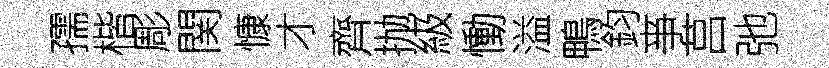
孺楷彫関慷才齊抛級慟溢鴨鈞亊莒弛